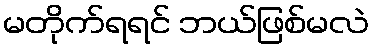
မတိုက်ရရင် ဘယ်ဖြစ်မလဲ